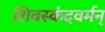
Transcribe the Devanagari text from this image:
शिवस्कंदवर्मन्